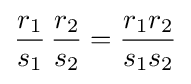
{\frac {r_{1}}{s_{1}}}\,{\frac {r_{2}}{s_{2}}}={\frac {r_{1}r_{2}}{s_{1}s_{2}}}